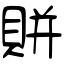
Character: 賆